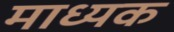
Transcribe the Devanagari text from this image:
माध्यक